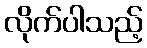
လိုက်ပါသည့်